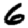
Digit: 6